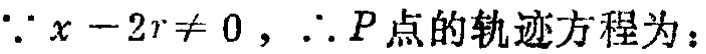
$\because x - 2r\neq 0，\therefore P\text{点的轨迹方程为：}$